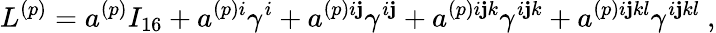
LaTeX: L^{(p)}=a^{(p)}I_{16}+a^{(p)i}\gamma^{i}+a^{(p)i\mathbf{j}}\gamma^{i\mathbf{j}}+a^{(p)i\mathbf{j}k}\gamma^{i\mathbf{j}k}+a^{(p)i\mathbf{j}kl}\gamma^{i\mathbf{j}kl}~,